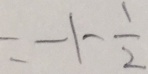
= - 1 - \frac { 1 } { 2 }